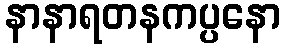
နာနာရတနကပ္ပနော